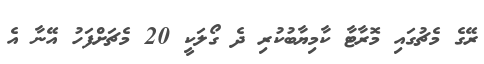
ރޭގެ މެޗުގައި މޮރާޓާ ކާމިޔާބުކުރި ދެ ގޯލަކީ 20 މެޗަށްފަހު އޭނާ އެ